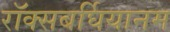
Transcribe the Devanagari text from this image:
रॉक्सबर्घियानम